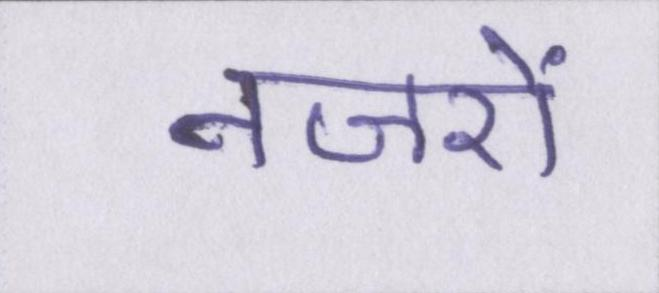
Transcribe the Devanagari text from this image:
नजरों